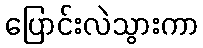
ပြောင်းလဲသွားကာ